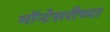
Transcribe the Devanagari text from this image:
मॉन्टेसरीच्या